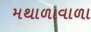
મથાળાવાળા